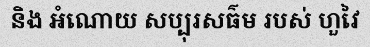
និង អំណោយ សប្បុរសធ៌ម របស់ ហួវៃ